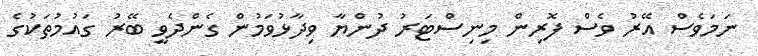
ނަމަވެސް އޭރު ވެސް ފޮރިން މިނިސްޓަރު ދުންޔާ ވިދާޅުވަމުން ގެންދެވީ ބޭރު ގައުމުތަކުގެ